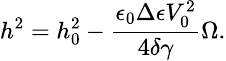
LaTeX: \small h^{2}=h_{0}^{2}-\frac{\epsilon_{0}\Delta\epsilon V_{0}^{2}}{4\delta\gamma}\Omega.